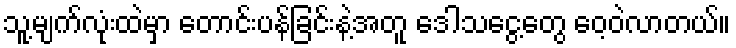
သူ့မျက်လုံးထဲမှာ တောင်းပန်ခြင်းနဲ့အတူ ဒေါသငွေ့တွေ ဝေ့ဝဲလာတယ်။